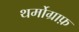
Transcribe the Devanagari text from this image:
थर्मोग्राफ़